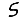
Digit: 5